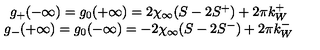
\begin{array} { c } { g _ { + } ( - \infty ) = g _ { 0 } ( + \infty ) = 2 \chi _ { \infty } ( S - 2 S ^ { + } ) + 2 \pi k _ { W } ^ { + } } \\ { g _ { - } ( + \infty ) = g _ { 0 } ( - \infty ) = - 2 \chi _ { \infty } ( S - 2 S ^ { - } ) + 2 \pi k _ { W } ^ { - } } \\ \end{array}